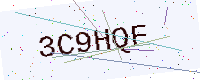
Text: 3C9HQF